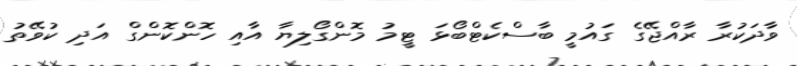
ވާދަކުރާ ރާއްޖޭގެ ގައުމީ ބާސްކެޓްބޯޅަ ޓީމު މޮންގޯލިޔާ އާއި ހޮންކޮންގް އަދި ކުވޭތު